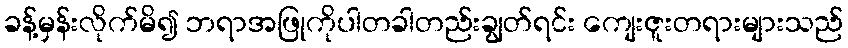
ခန့်မှန်းလိုက်မိ၍ ဘရာအဖြုကိုပါတခါတည်းချွတ်ရင်း ကျေးဇူးတရားများသည်